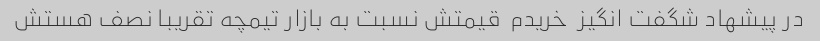
در پیشهاد شگفت انگیز  خریدم  قیمتش نسبت به بازار تیمچه تقریبا نصف هستش